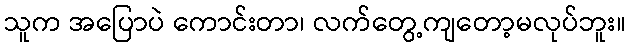
သူက အပြောပဲ ကောင်းတာ၊ လက်တွေ့ကျတော့မလုပ်ဘူး။